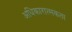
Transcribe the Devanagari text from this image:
अधिकारात्मकता